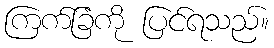
ကြက်ခြံကို ပြင်ရသည်။